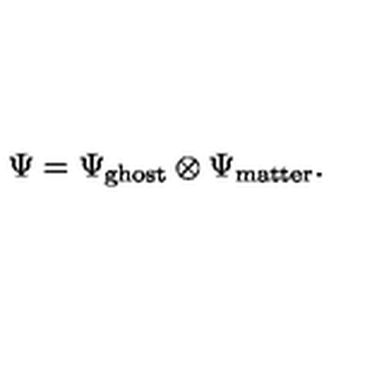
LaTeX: \Psi = \Psi _ { \mathrm { g h o s t } } \otimes \Psi _ { \mathrm { m a t t e r } } .